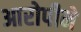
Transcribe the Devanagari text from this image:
आरोपीने